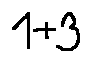
1 + 3